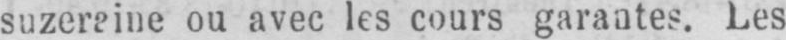
suzeraine ou avec les cours garantes. Les